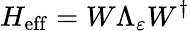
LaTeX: H_{\mathrm{eff}}=W\Lambda_{\varepsilon}W^{\dagger}